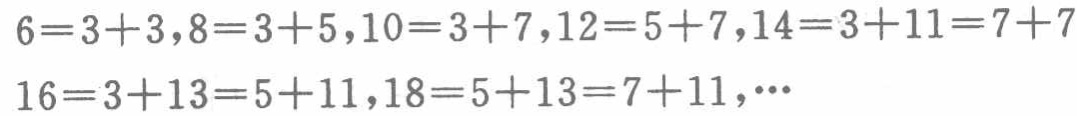
$6 = 3 + 3,8 = 3 + 5,10 = 3 + 7,12 = 5 + 7,14 = 3 + 11 = 7 + 7,16 = 3 + 13 = 5 + 11,18 = 5 + 13 = 7 + 11,\cdots$